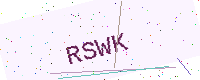
Text: RSWK